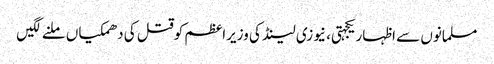
مسلمانوں سے اظہاریکجہتی، نیوزی لینڈ کی وزیراعظم کوقتل کی دھمکیاں ملنے لگیں